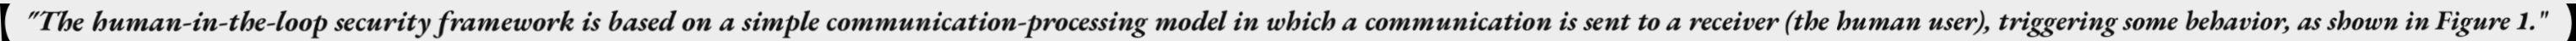
"The human-in-the-loop security framework is based on a simple communication-processing model in which a communication is sent to a receiver (the human user), triggering some behavior, as shown in Figure 1."